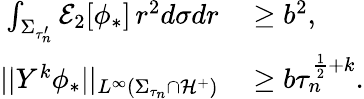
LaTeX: \begin{array}{rl}{\int_{\Sigma_{\tau_{n}^{\prime}}}\mathcal{E}_{2}[\phi_{*}]\, r^{2}d\sigma dr}&{\: \geq b^{2},}\\ {||Y^{k}\phi_{*}||_{L^{\infty}(\Sigma_{\tau_{n}}\cap\mathcal{H}^{+})}}&{\: \geq b\tau_{n}^{\frac{1}{2}+k}.}\end{array}